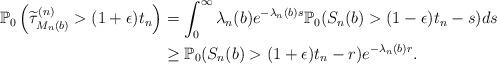
LaTeX: \begin{align*} \mathbb{P}_0\left(\widetilde{\tau}^{(n)}_{M_n(b)}>(1+\epsilon)t_n\right)&=\int_0^\infty\lambda_n(b)e^{-\lambda_n(b)s}\mathbb{P}_0(S_n(b)>(1-\epsilon)t_n-s)ds\\&\ge\mathbb{P}_0(S_n(b)>(1+\epsilon)t_n-r)e^{-\lambda_n(b)r}.\end{align*}